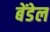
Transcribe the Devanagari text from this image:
बेंडेल